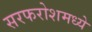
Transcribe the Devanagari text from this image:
सरफरोशमध्ये